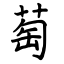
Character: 萄